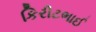
કિરીટભાઈ